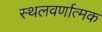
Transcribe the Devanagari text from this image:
स्थलवर्णात्मक